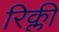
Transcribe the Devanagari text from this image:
रिक्ली